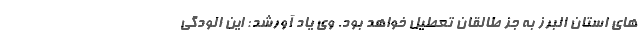
های استان البرز به جز طالقان تعطیل خواهد بود. وی یاد آورشد: این الودگی